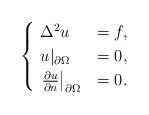
LaTeX: \begin{align*}\begin{cases}\ \Delta^2u &= f, \\\ u|_{\partial \Omega} &= 0, \\\ \left.\frac{\partial u}{\partial n}\right|_{\partial \Omega} &= 0. \end{cases}\end{align*}